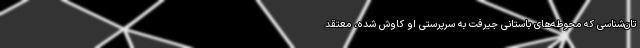
تان‌شناسی که محوطه‌های باستانی جیرفت به سرپرستی او کاوش شده، معتقد